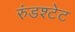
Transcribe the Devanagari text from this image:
रुंडश्टेट